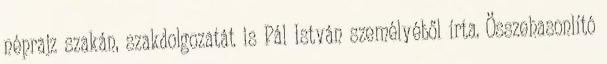
néprajz szakán, szakdolgozatát is Pál István személyéből írta. Összehasonlító